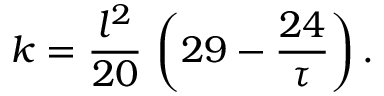
k = { \frac { l ^ { 2 } } { 2 0 } } \, \left( 2 9 - { \frac { 2 4 } { \tau } } \right) .